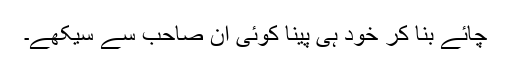
چائے بنا کر خود ہی پینا کوئی ان صاحب سے سیکھے۔